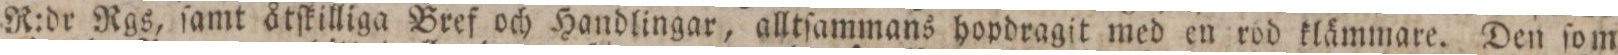
R:dr Rgs, ſamt åtſkilliga Bref och Handlingar, alltſammans hopdragit med en rod klämmare. Den ſom